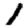
Digit: 1